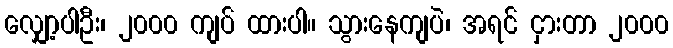
လျှော့ပါဦး၊ ၂၀၀၀ ကျပ် ထားပါ။ သွားနေကျပဲ၊ အရင် ငှားတာ ၂၀၀၀